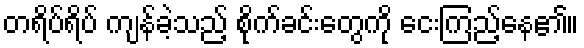
တရိပ်ရိပ် ကျန်ခဲ့သည့် စိုက်ခင်းတွေကို ငေးကြည့်နေ၏။